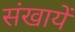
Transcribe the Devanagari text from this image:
संखायें